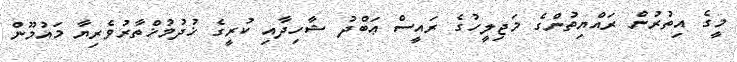
މީގެ އިތުރުން ރައްޔިތުންގެ މަޖިލީހުގެ ރައީސް ޢަބްދު ޝާހިދާއި ކުރީގެ ޚުދުމުޚްތާރުވެރިޔާ މައުމޫން